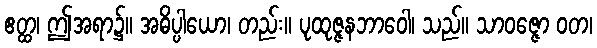
ဧတ္ထ၊ ဤအရာ၌။ အဓိပ္ပါယော၊ တည်း။ ပုထုဇ္ဇနဘာဝေါ၊ သည်။ သာဝဇ္ဇော ဝတ၊